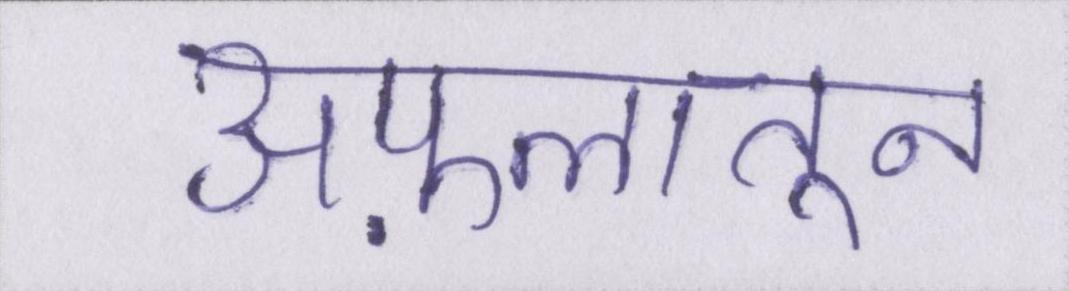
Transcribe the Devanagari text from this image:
अफ़लातून